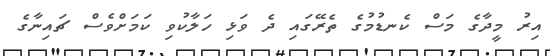
އިރު މީދާގެ މަސް ކެނޑުމުގެ ތެރޭގައި ދެ ވަޅި ހަލާކުވި ކަމަށްވެސް ޗައިނާގެ